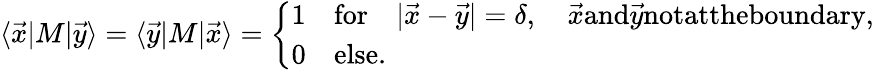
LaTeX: \langle\vec{x}|M|\vec{y}\rangle=\langle\vec{y}|M|\vec{x}\rangle=\left\{ \begin{array}{ll}{1\quad\textrm{for}\quad|\vec{x}-\vec{y}|=\delta,\quad\vec{x}\textrm{and}\vec{y}\textrm{notattheboundary},}\\ {0\quad\textrm{else}.}\end{array}\right.